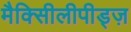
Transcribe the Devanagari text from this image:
मैक्सीिलीपीड्ज़